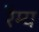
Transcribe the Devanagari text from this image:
रैम्य